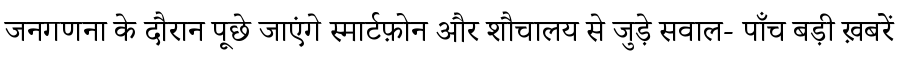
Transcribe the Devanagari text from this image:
जनगणना के दौरान पूछे जाएंगे स्मार्टफ़ोन और शौचालय से जुड़े सवाल- पाँच बड़ी ख़बरें